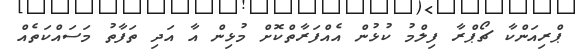
ޕްރިއަންކާ ޗޯޕްރާ ފިލްމު ކުޅުން އެއްފަރާތްކޮށް މުޅިން އާ އަދި ތަފާތު މަސައްކަތެއް